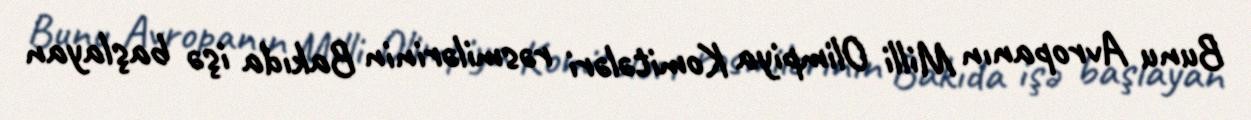
Bunu Avropanın Milli Olimpiya Komitələri rəsmilərinin Bakıda işə başlayan